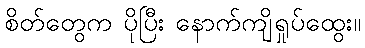
စိတ်တွေက ပိုပြီး နောက်ကျိရှုပ်ထွေး။